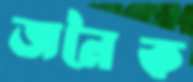
জনৈক